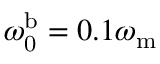
\omega _ { \mathrm { 0 } } ^ { \mathrm { b } } = 0 . 1 \omega _ { \mathrm { m } }